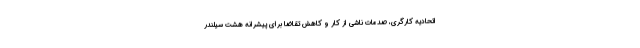
اتحادیه کارگری، صدمات ناشی از کار و کاهش تقاضا برای پیشرانه هشت سیلندر